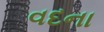
વદના